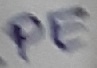
Text: PE